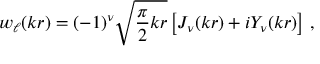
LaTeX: w _ { \ell } ( k r ) = ( - 1 ) ^ { \nu } \sqrt { \frac { \pi } { 2 } k r } \left[ J _ { \nu } ( k r ) + i Y _ { \nu } ( k r ) \right] \, ,